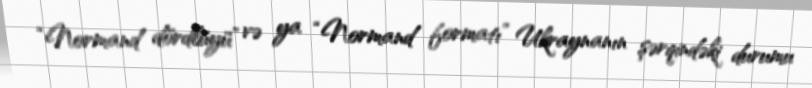
“Normand dördlüyü” və ya “Normand formatı” Ukraynanın şərqindəki durumu